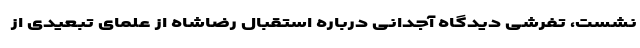
نشست، تفرشی دیدگاه آجدانی درباره استقبال رضاشاه از علمای تبعیدی از